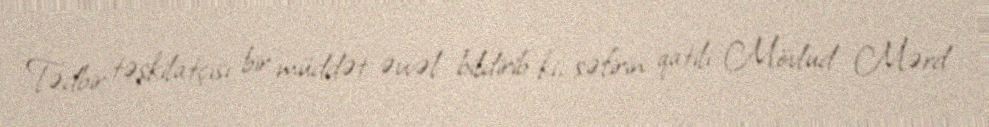
Tədbir təşkilatçısı bir müddət əvvəl bildirib ki, səfirin qatili Mövlud Mərd